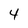
Character: 4